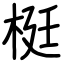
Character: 梃